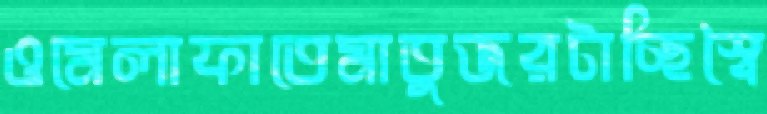
ওমেলাফাতেমাতুজরটাচ্ছিস্বৈ